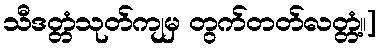
သီဒတ္တံသုတ်ကျမှ တွက်တတ်လတ္တံ့။]